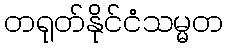
တရုတ်နိုင်ငံသမ္မတ